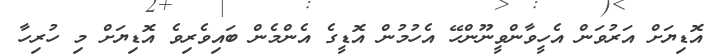
އޮޑިޔަށް އަރުވަން އެހީވާންވީނޫންހޭ އެހުމުން އޮޑީގެ އެންމެން ބައިވެރިވެ އޮޑިޔަށް މި ހުރިހާ